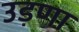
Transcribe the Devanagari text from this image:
उड़णा